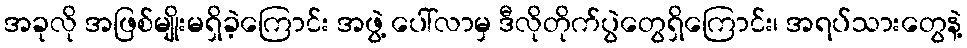
အခုလို အဖြစ်မျိုးမရှိခဲ့ကြောင်း အဖွဲ့ ပေါ်လာမှ ဒီလိုတိုက်ပွဲတွေရှိကြောင်း၊ အရပ်သားတွေနဲ့